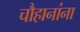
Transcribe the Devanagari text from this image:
चौहानांना